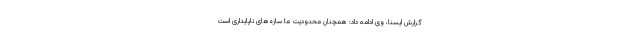
گزارش ایسنا، وی ادامه داد: همچنان محدودیت ما سازه‌های ناپایداری است